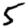
Digit: 5